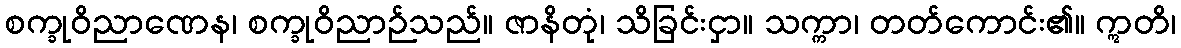
စက္ခုဝိညာဏေန၊ စက္ခုဝိညာဉ်သည်။ ဇာနိတုံ၊ သိခြင်းငှာ။ သက္ကာ၊ တတ်ကောင်း၏။ ဣတိ၊